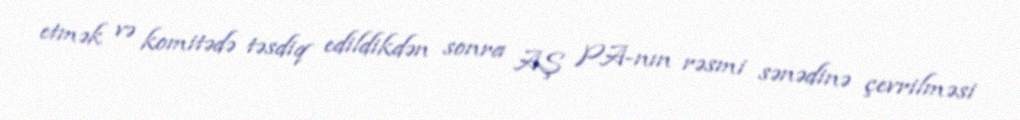
etmək və komitədə təsdiq edildikdən sonra AŞ PA-nın rəsmi sənədinə çevrilməsi